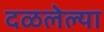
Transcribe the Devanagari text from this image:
दळलेल्या